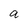
Character: a